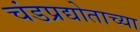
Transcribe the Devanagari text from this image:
चंडप्रद्योताच्या